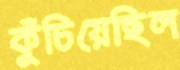
কুঁচিয়েছিল